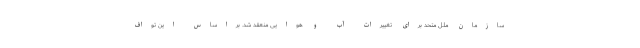
سازمان ملل متحد برای تغییرات آب و هوایی منعقد شد. براساس این تواف